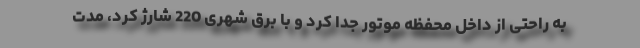
به راحتی از داخل محفظه موتور جدا کرد و با برق شهری 220 شارژ کرد، مدت